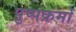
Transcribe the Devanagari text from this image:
पुष्पक्रमों